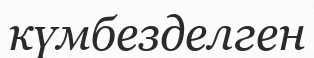
күмбезделген